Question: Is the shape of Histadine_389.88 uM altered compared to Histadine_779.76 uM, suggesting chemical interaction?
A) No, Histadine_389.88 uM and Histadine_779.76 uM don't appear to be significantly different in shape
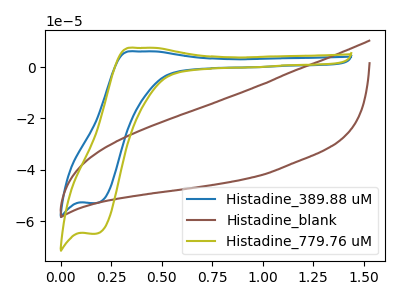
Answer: <think>The blue curve "Histadine_389.88 uM" has an anodic peak at (0.35V, 6.15uA) and a cathodic peak at (0.20V, -53.00uA). The brown curve "Histadine_blank" has no peaks. The olive curve "Histadine_779.76 uM" has an anodic peak at (0.35V, 7.55uA) and a cathodic peak at (0.20V, -64.90uA).
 All the peaks in "Histadine_389.88 uM" have a peak in "Histadine_779.76 uM" at the same potential. Every peak in "Histadine_389.88 uM" is lower than every peak in "Histadine_779.76 uM".</think>
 <answer>A) No, "Histadine_389.88 uM" and "Histadine_779.76 uM" don't appear to be significantly different in shape</answer>
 <eval>A</eval>